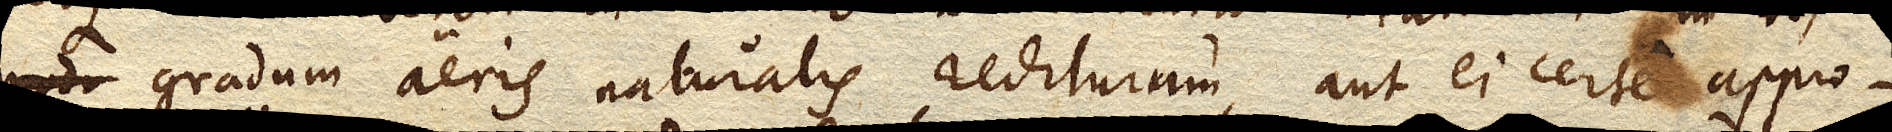
modo gradum aeris naturalis rediturum, aut ei certe appro–